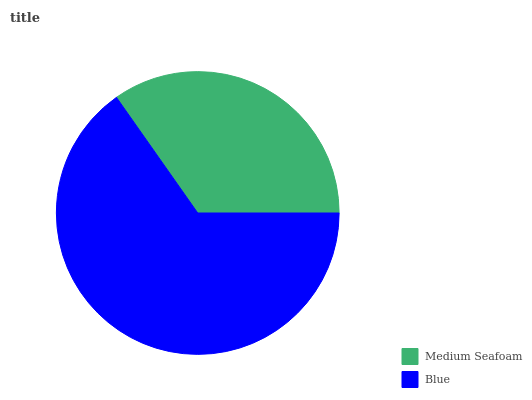
| Medium Seafoam | Blue |
 | --- | --- |
 | 34.7% | 65.3% |